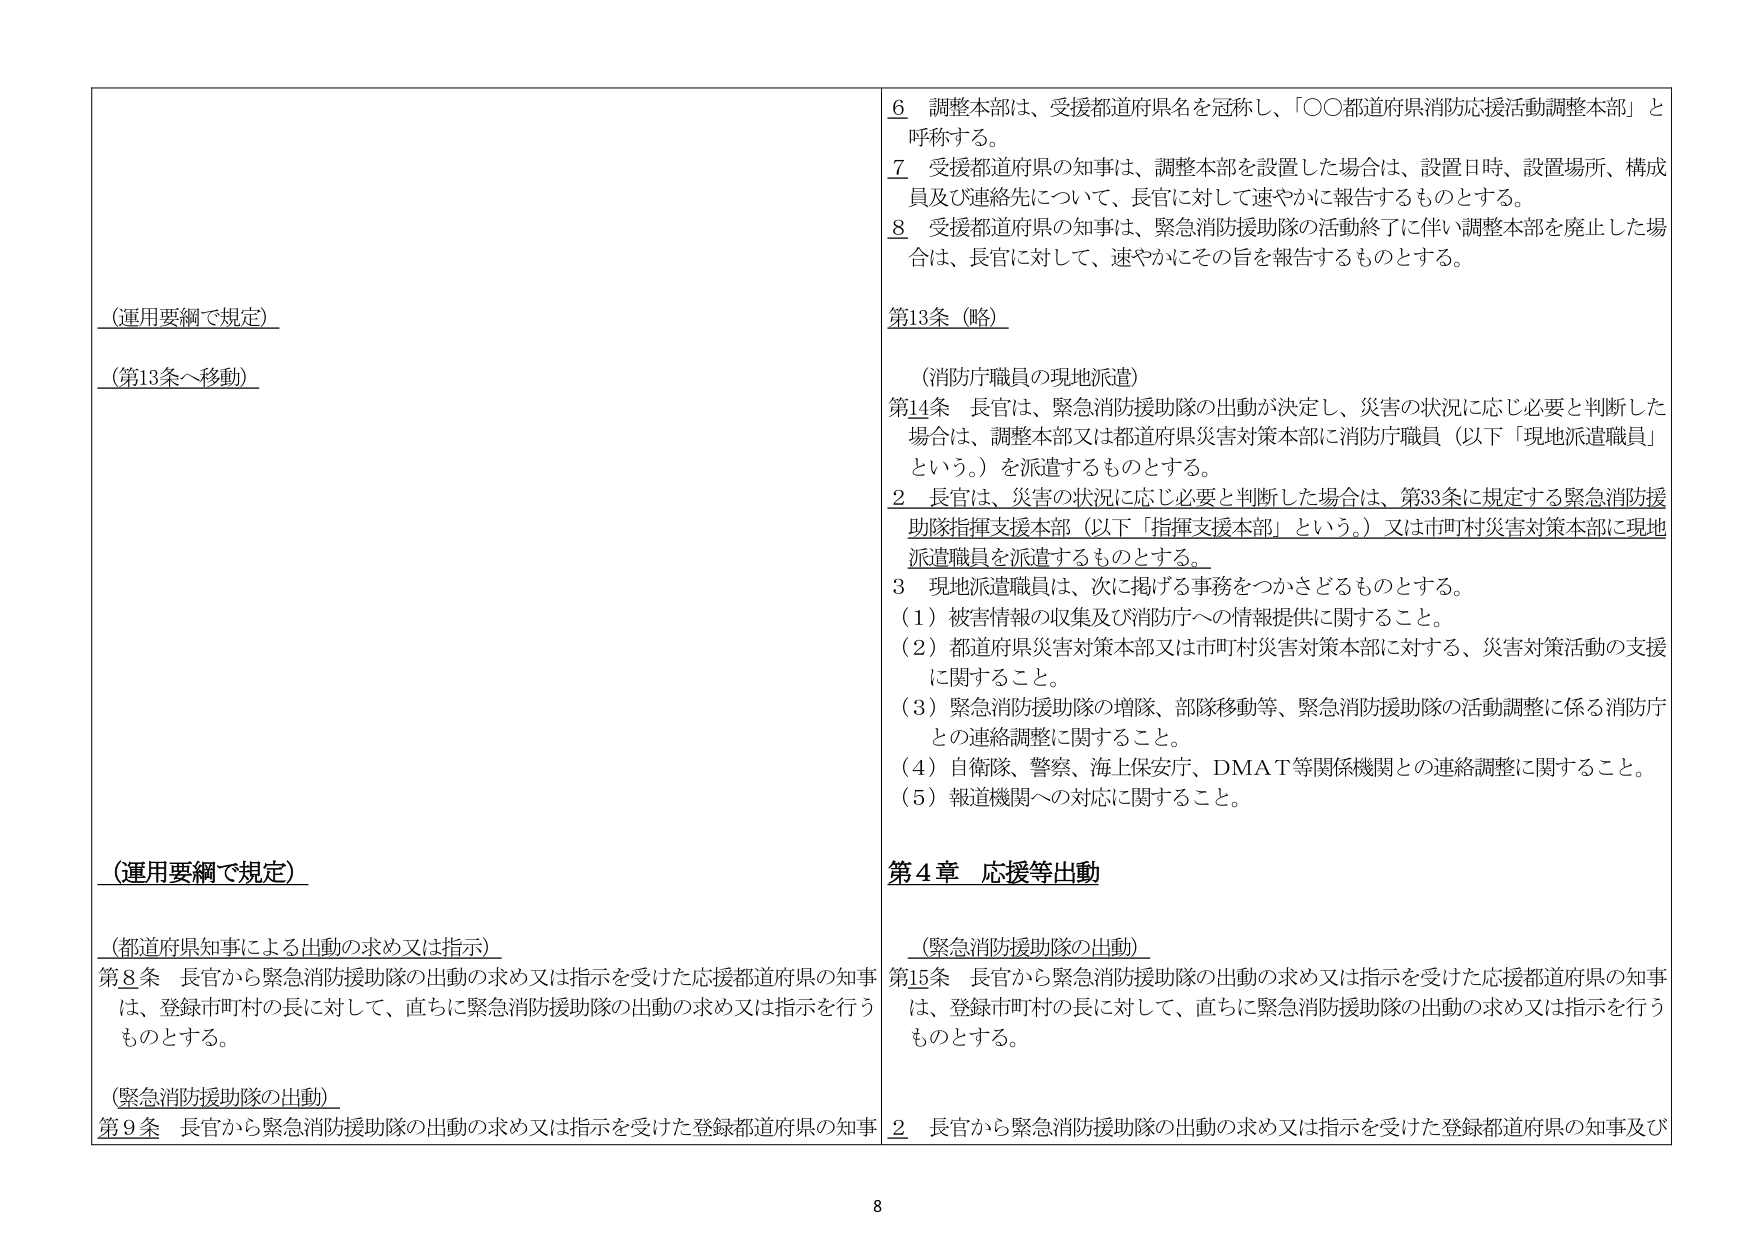
（運用要綱で規定）

（第13条へ移動）

（運用要綱で規定）

（都道府県知事による出動の求め又は指示）
第8条 長官から緊急消防援助隊の出動の求め又は指示を受けた応援都道府県の知事は、登録市町村の長に対して、直ちに緊急消防援助隊の出動の求め又は指示を行うものとする。

（緊急消防援助隊の出動）
第9条 長官から緊急消防援助隊の出動の求め又は指示を受けた登録都道府県の知事

6 調整本部は、受援都道府県名を冠称し、「○○都道府県消防応援活動調整本部」と呼称する。
7 受援都道府県の知事は、調整本部を設置した場合は、設置日時、設置場所、構成員及び連絡先について、長官に対して速やかに報告するものとする。
8 受援都道府県の知事は、緊急消防援助隊の活動終了に伴い調整本部を廃止した場合は、長官に対して、速やかにその旨を報告するものとする。

第13条（略）

（消防庁職員の現地派遣）
第14条 長官は、緊急消防援助隊の出動が決定し、災害の状況に応じ必要と判断した場合は、調整本部又は都道府県災害対策本部に消防庁職員（以下「現地派遣職員」という。）を派遣するものとする。
2 長官は、災害の状況に応じ必要と判断した場合は、第33条に規定する緊急消防援助隊指揮支援本部（以下「指揮支援本部」という。）又は市町村災害対策本部に現地派遣職員を派遣するものとする。
3 現地派遣職員は、次に掲げる事務をつかさどるものとする。
（1）被害情報の収集及び消防庁への情報提供に関すること。
（2）都道府県災害対策本部又は市町村災害対策本部に対する、災害対策活動の支援に関すること。
（3）緊急消防援助隊の増隊、部隊移動等、緊急消防援助隊の活動調整に係る消防庁との連絡調整に関すること。
（4）自衛隊、警察、海上保安庁、DMAT等関係機関との連絡調整に関すること。
（5）報道機関への対応に関すること。

第4章 応援等出動

（緊急消防援助隊の出動）
第15条 長官から緊急消防援助隊の出動の求め又は指示を受けた応援都道府県の知事は、登録市町村の長に対して、直ちに緊急消防援助隊の出動の求め又は指示を行うものとする。
2 長官から緊急消防援助隊の出動の求め又は指示を受けた登録都道府県の知事及び

8